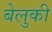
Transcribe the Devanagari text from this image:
बेलुकी